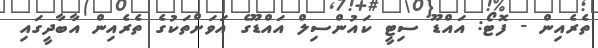
ތެރެއިން - ފޮޓޯ: އައްޑޫ ސިޓީ ކައުންސިލް އައްޑޫގެ އަވަށްތަކުގެ ތެރެއިން އާބާދީގައި